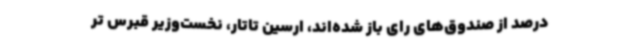
درصد از صندوق‌های رای باز شده‌اند، ارسین تاتار، نخست‌وزیر قبرس تر